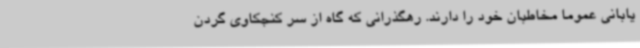
یابانی عموما مخاطبان خود را دارند. رهگذرانی که گاه از سر کنجکاوی گردن